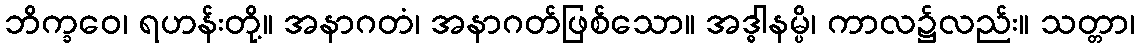
ဘိက္ခဝေ၊ ရဟန်းတို့။ အနာဂတံ၊ အနာဂတ်ဖြစ်သော။ အဒ္ဓါနမ္ပိ၊ ကာလ၌လည်း။ သတ္တာ၊